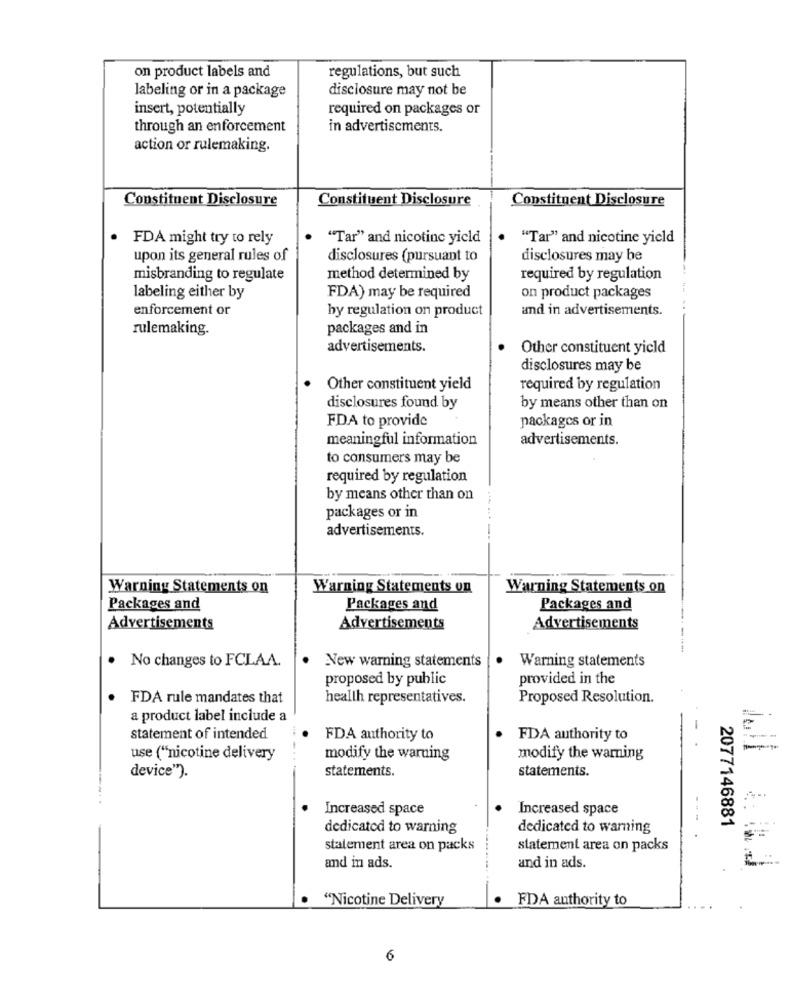
on product labels and
regulations, but such
labeling or in a package
disclosure may not be
insert, potentially
required on packages or
through an enforcement
in advertisements.
action or rulemaking.
Constituent Disclosure
Constituent Disclosure
Constituent Disclosure
.
FDA might try to rely
"Tar" and nicotinc yield
"Tar" and nicotine yield
upon its general rules of
disclosures (pursuant to
disclosures may be
misbranding to regulate
method determined by
required by regulation
labeling either by
FDA) may be required
on product packages
enforcement or
by regulation on product
and in advertisements.
rulemaking.
packages and in
advertisements.
Other constituent yield
disclosures may be
Other constituent yield
required by regulation
disclosures found by
by means other than on
FDA to provide
packages or in
meaningful information
advertisements.
to consumers may be
required by regulation
by means other than on
packages or in
advertisements.
Warning Statements on
Warning Statements on
Warning Statements on
Packages and
Packages and
Packages and
Advertisements
Advertisements
Advertisements
. No changes to FCLAA.
·
New warning statements
Warning statements
proposed by public
provided in the
FDA rule mandates that
health representatives.
Proposed Resolution.
a product label include a
statement of intended
FDA authority to
FDA authority to
Jull
use ("nicotine delivery
modify the warning
modify the warning
device").
statements.
statements.
Increased space
Increased space
---
2077146881
dedicated to warning
dedicated to warning
statement area on packs
statement area on packs
and in ads.
and in ads.
"Nicotine Delivery
· FDA authority to
6